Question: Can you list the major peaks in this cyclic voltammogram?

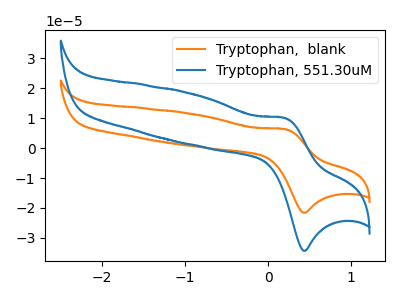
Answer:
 <answer>The orange curve "Tryptophan,  blank" has an anodic peak at (0.20V, 6.30uA) and a cathodic peak at (0.45V, -21.60uA). The blue curve "Tryptophan, 551.30uM" has an anodic peak at (0.20V, 10.00uA) and a cathodic peak at (0.45V, -34.30uA).</answer>
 <eval></eval>